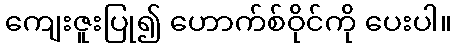
ကျေးဇူးပြု၍ ဟောက်စ်ဝိုင်ကို ပေးပါ။